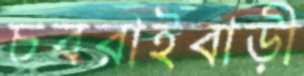
চবরাইবাড়ী